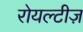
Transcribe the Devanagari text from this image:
रोयल्टीज़